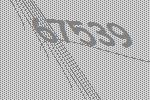
67539